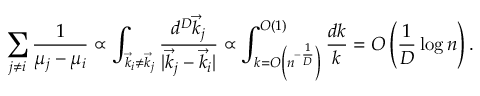
\sum _ { j \neq i } \frac { 1 } { \mu _ { j } - \mu _ { i } } \propto \int _ { \vec { k } _ { i } \neq \vec { k } _ { j } } \frac { d ^ { D } \vec { k } _ { j } } { \vert \vec { k } _ { j } - \vec { k } _ { i } \vert } \propto \int _ { k = O \left( n ^ { - \frac 1 D } \right) } ^ { O ( 1 ) } \frac { d k } { k } = O \left( \frac 1 D \log n \right) .